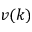
v ( k )